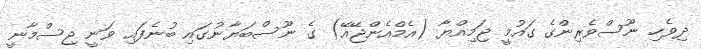
ދިވެހި ނޫސްވެރިންގެ ގައުމީ ޖަމިއްޔާ (އެމްއެންޖޭއޭ) ގެ ނޫސްބަޔާނުގައި ބުނެފައި ވަނީ ޖިސްމާނީ